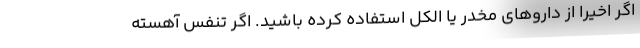
اگر اخیرا از داروهای مخدر یا الکل استفاده کرده باشید. اگر تنفس آهسته